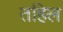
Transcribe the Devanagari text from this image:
तहिल